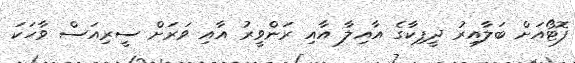
ފޮޓޯއަށް ބަލާއިރު ދީޕިކާގެ އާއިލާ އާއި ރަންވީރު އާއި ވަރަށް ސީރިއަސް ވާހަކަ